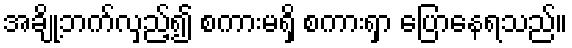
အချို့ဘက်လှည့်၍ စကားမရှိ စကားရှာ ပြောနေရသည်။